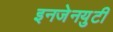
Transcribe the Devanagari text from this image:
इनजेनयुटी